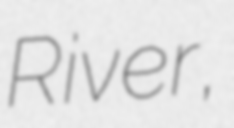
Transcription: River,